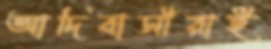
আদিবাসীরাই